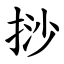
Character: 挱